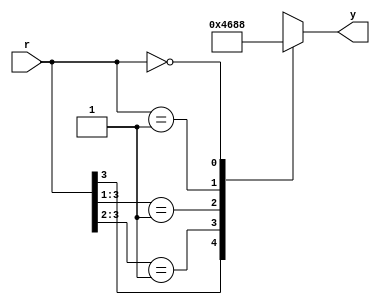
//Listing 3.8
//Chapter 3
//Page 56
//Copyright 2008

module prio_encoder_casez
    (
     input wire [4:1] r,
     output reg [2:0] y
    );
    
    always @*
        casez(r)
            4'b1???:    y = 3'b100;
            4'b01??:    y = 3'b011;
            4'b001?:    y = 3'b010;
            4'b0001:    y = 3'b001;
            4'b0000:    y = 3'b000;     // default case can also be used
        endcase
        
endmodule // prio_encoder_casez